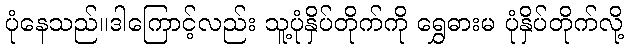
ပုံနေသည်။ဒါကြောင့်လည်း သူ့ပုံနှိပ်တိုက်ကို ရွှေဓားမ ပုံနှိပ်တိုက်လို့